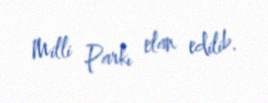
Milli Parkı elan edilib.